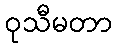
ဝုသီမတာ